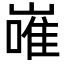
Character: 嶉